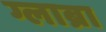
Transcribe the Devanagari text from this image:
ग्लाब्रा